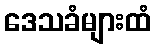
ဒေသခံများထံ